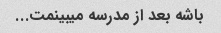
باشه بعد از مدرسه میبینمت...